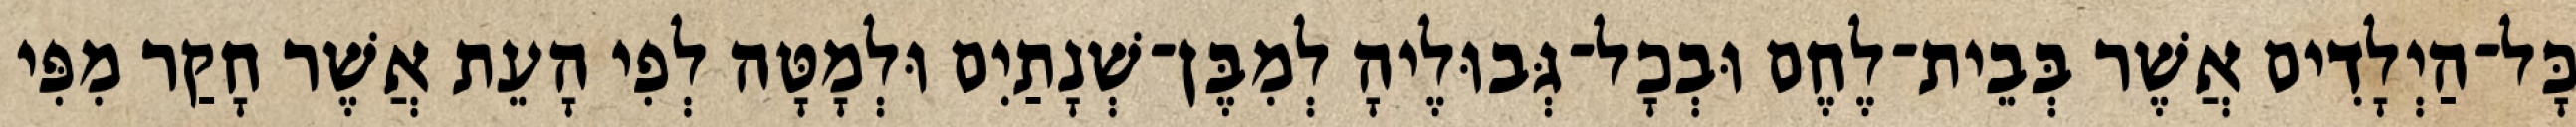
כָּל־הַיְלָדִים אֲשֶׁר בְּבֵית־לֶחֶם וּבְכָל־גְּבוּלֶיהָ לְמִבֶּן־שְׁנָתַיִם וּלְמָטָּה לְפִי הָעֵת אֲשֶׁר חָקַר מִפִּי